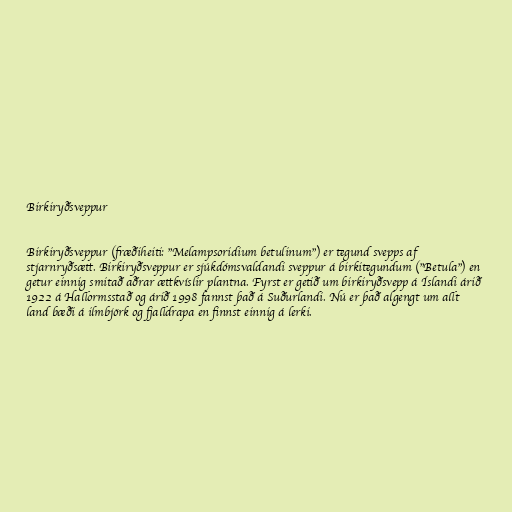
Birkiryðsveppur

Birkiryðsveppur (fræðiheiti: "Melampsoridium betulinum") er tegund svepps af
stjarnryðsætt. Birkiryðsveppur er sjúkdómsvaldandi sveppur á birkitegundum ("Betula") en
getur einnig smitað aðrar ættkvíslir plantna. Fyrst er getið um birkiryðsvepp á Íslandi árið
1922 á Hallormsstað og árið 1998 fannst það á Suðurlandi. Nú er það algengt um allt
land bæði á ilmbjörk og fjalldrapa en finnst einnig á lerki.